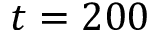
t = 2 0 0